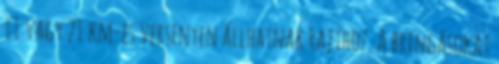
11 vagy 21 km-es versenyen állhatnak rajthoz. A bringásokat